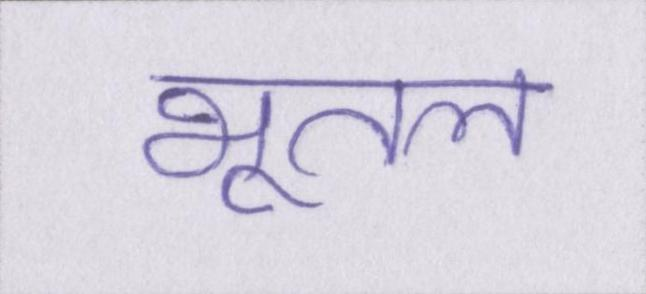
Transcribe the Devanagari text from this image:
भूतल